Madras plague regulations and rules - Volume 2
Disease focus: Plague
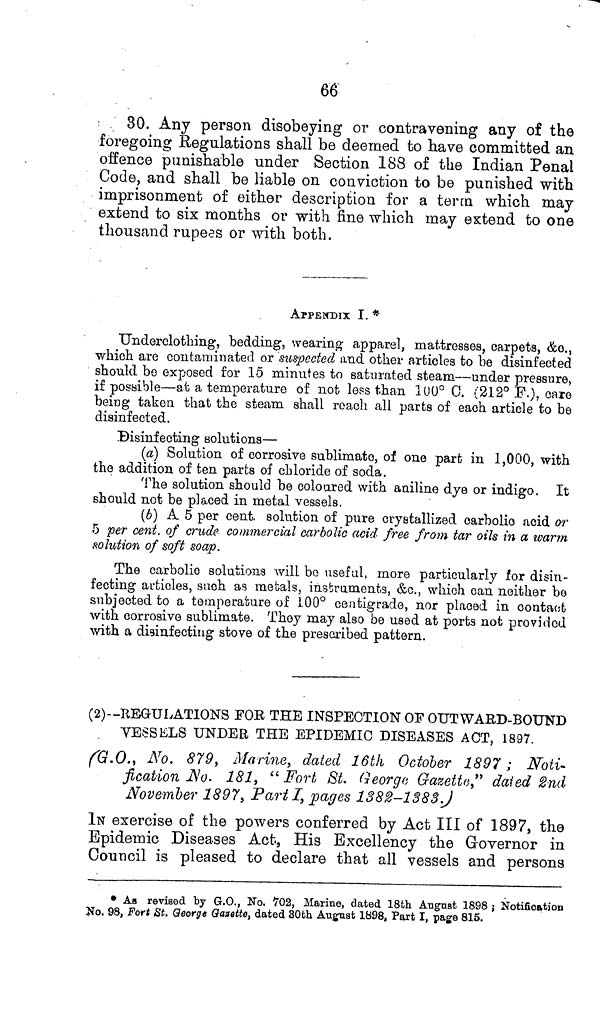
66
30. Any person disobeying or contravening any of the
foregoing Regulations shall be deemed to have committed an
offence punishable under Section 188 of the Indian Penal
Code, and shall be liable on conviction to be punished with
imprisonment of either description for a terra which may
extend to six months or with fine which may extend to one
thousand rupees or with both.
APPEnDIX I. *
Underclothing, bedding, wearing apparel, mattresses, carpets, &c.,
which are contaminated or suspected and other articles to be disinfected
should be exposed for 15 minutes to saturated steam—under pressure,
if possible—at a temperature of not less than 100° C. (212° F.), care
being taken that the steam shall roach all parts of each article to be
disinfected.
Disinfecting solutions—
(a) Solution of corrosive sublimate, of one part in 1,000, with
the addition of ten parts of chloride of soda.
The solution should be coloured with aniline dye or indigo. It
should not be placed in metal vessels.
(b) A 5 per cent, solution of pure crystallized carbolic acid or
5 per cent. of crude commercial carbolic acid free from tar oils in a warm
solution of soft soap.
The carbolic solutions will bo useful, more particularly for disin-
fecting articles, such as metals, instruments, &c., which can neither be
subjected to a temperature of 100° centigrade, nor placed in contact
with corrosive sublimate. They may also be used at ports not provided
with a disinfecting stove of the prescribed pattern.
(2)—REGULATIONS FOR THE INSPECTION OF OUTWARD-BOUND
VESSELS UNDER THE EPIDEMIC DISEASES ACT, 1897.
(G.O., No. 879, Marine, dated 16th October 1897; Noti-
fication No. 181, "Fort St. George Gazette," dated 2nd
November 1897, Part I, pages 1382-1383.)
IN exercise of the powers conferred by Act III of 1897, the
Epidemic Diseases Act, His Excellency the Grovernor in
Council is pleased to declare that all vessels and persons
* As revised by G.O., No. 702, Marine, dated 18th August 1898 ; Notification
No. 98, Fort St. George Gazette, dated 30th August 1898, Part I, page 815.